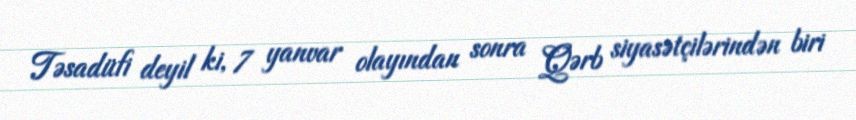
Təsadüfi deyil ki, 7 yanvar olayından sonra Qərb siyasətçilərindən biri